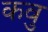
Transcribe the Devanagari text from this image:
कवु